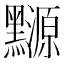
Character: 𪒳